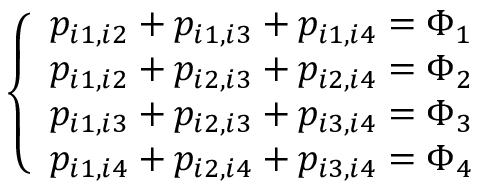
\left\{ \begin{array} { l l } { p _ { i 1 , i 2 } + p _ { i 1 , i 3 } + p _ { i 1 , i 4 } = \Phi _ { 1 } } \\ { p _ { i 1 , i 2 } + p _ { i 2 , i 3 } + p _ { i 2 , i 4 } = \Phi _ { 2 } } \\ { p _ { i 1 , i 3 } + p _ { i 2 , i 3 } + p _ { i 3 , i 4 } = \Phi _ { 3 } } \\ { p _ { i 1 , i 4 } + p _ { i 2 , i 4 } + p _ { i 3 , i 4 } = \Phi _ { 4 } } \end{array} \right.